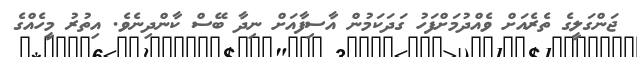
ޖަންގަލީގެ ތެރެއަށް ވެއްދުމަށްފަހު ގަދަކަމުން އާސިފާއަށް ނިދާ ބޭސް ކާންދިނެވެ. އިތުރު މީހެއްގެ